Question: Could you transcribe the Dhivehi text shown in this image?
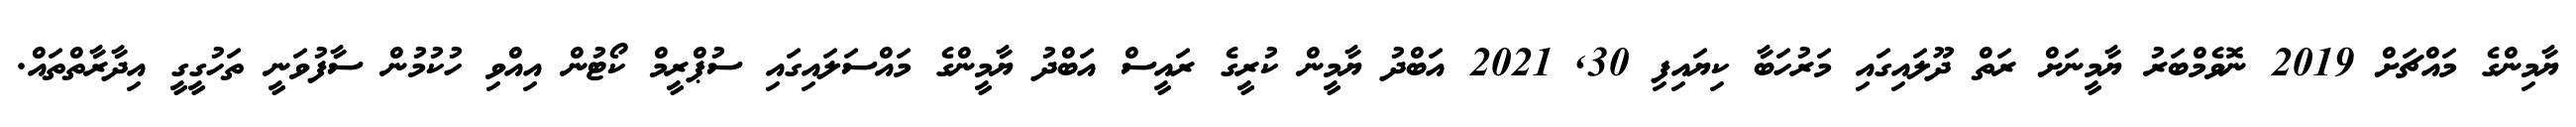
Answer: ޔާމިންގެ މައްޗަށް 2019 ނޮވެމްބަރު ޔާމީނަށް ރަތް ދޫލައިގައި މަރުހަބާ ކިޔައިފި 30, 2021 އަބްދު ޔާމީން ކުރީގެ ރައީސް އަބްދު ޔާމީންގެ މައްސަލައިގައި ސުޕްރީމް ކޯޓުން އިއްވި ހުކުމުން ސާފުވަނީ ތަހުގީގީ އިދާރާތްތައް.